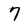
Character: 7